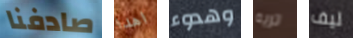
صادفنا اهدا وهدوء تريه ليف